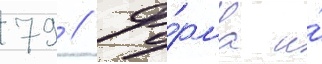
79 // Фо́рма и́